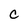
Character: c